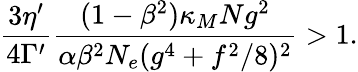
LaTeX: \frac{3\eta^{\prime}}{4\Gamma^{\prime}}\frac{(1-\beta^{2})\kappa_{M}Ng^{2}}{\alpha\beta^{2}N_{e}(g^{4}+f^{2}/8)^{2}}>1.